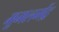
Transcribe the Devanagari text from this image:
मूमलमेंद्र